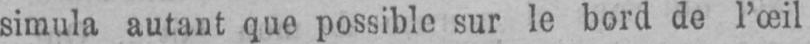
simula autant que possible sur le bord de l’œil